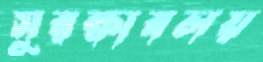
সুরক্ষাবলয়